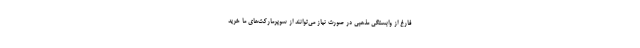
فارغ از وابستگی مذهبی در صورت نیاز می‌توانند از سوپرمارکت‌های ما خرید